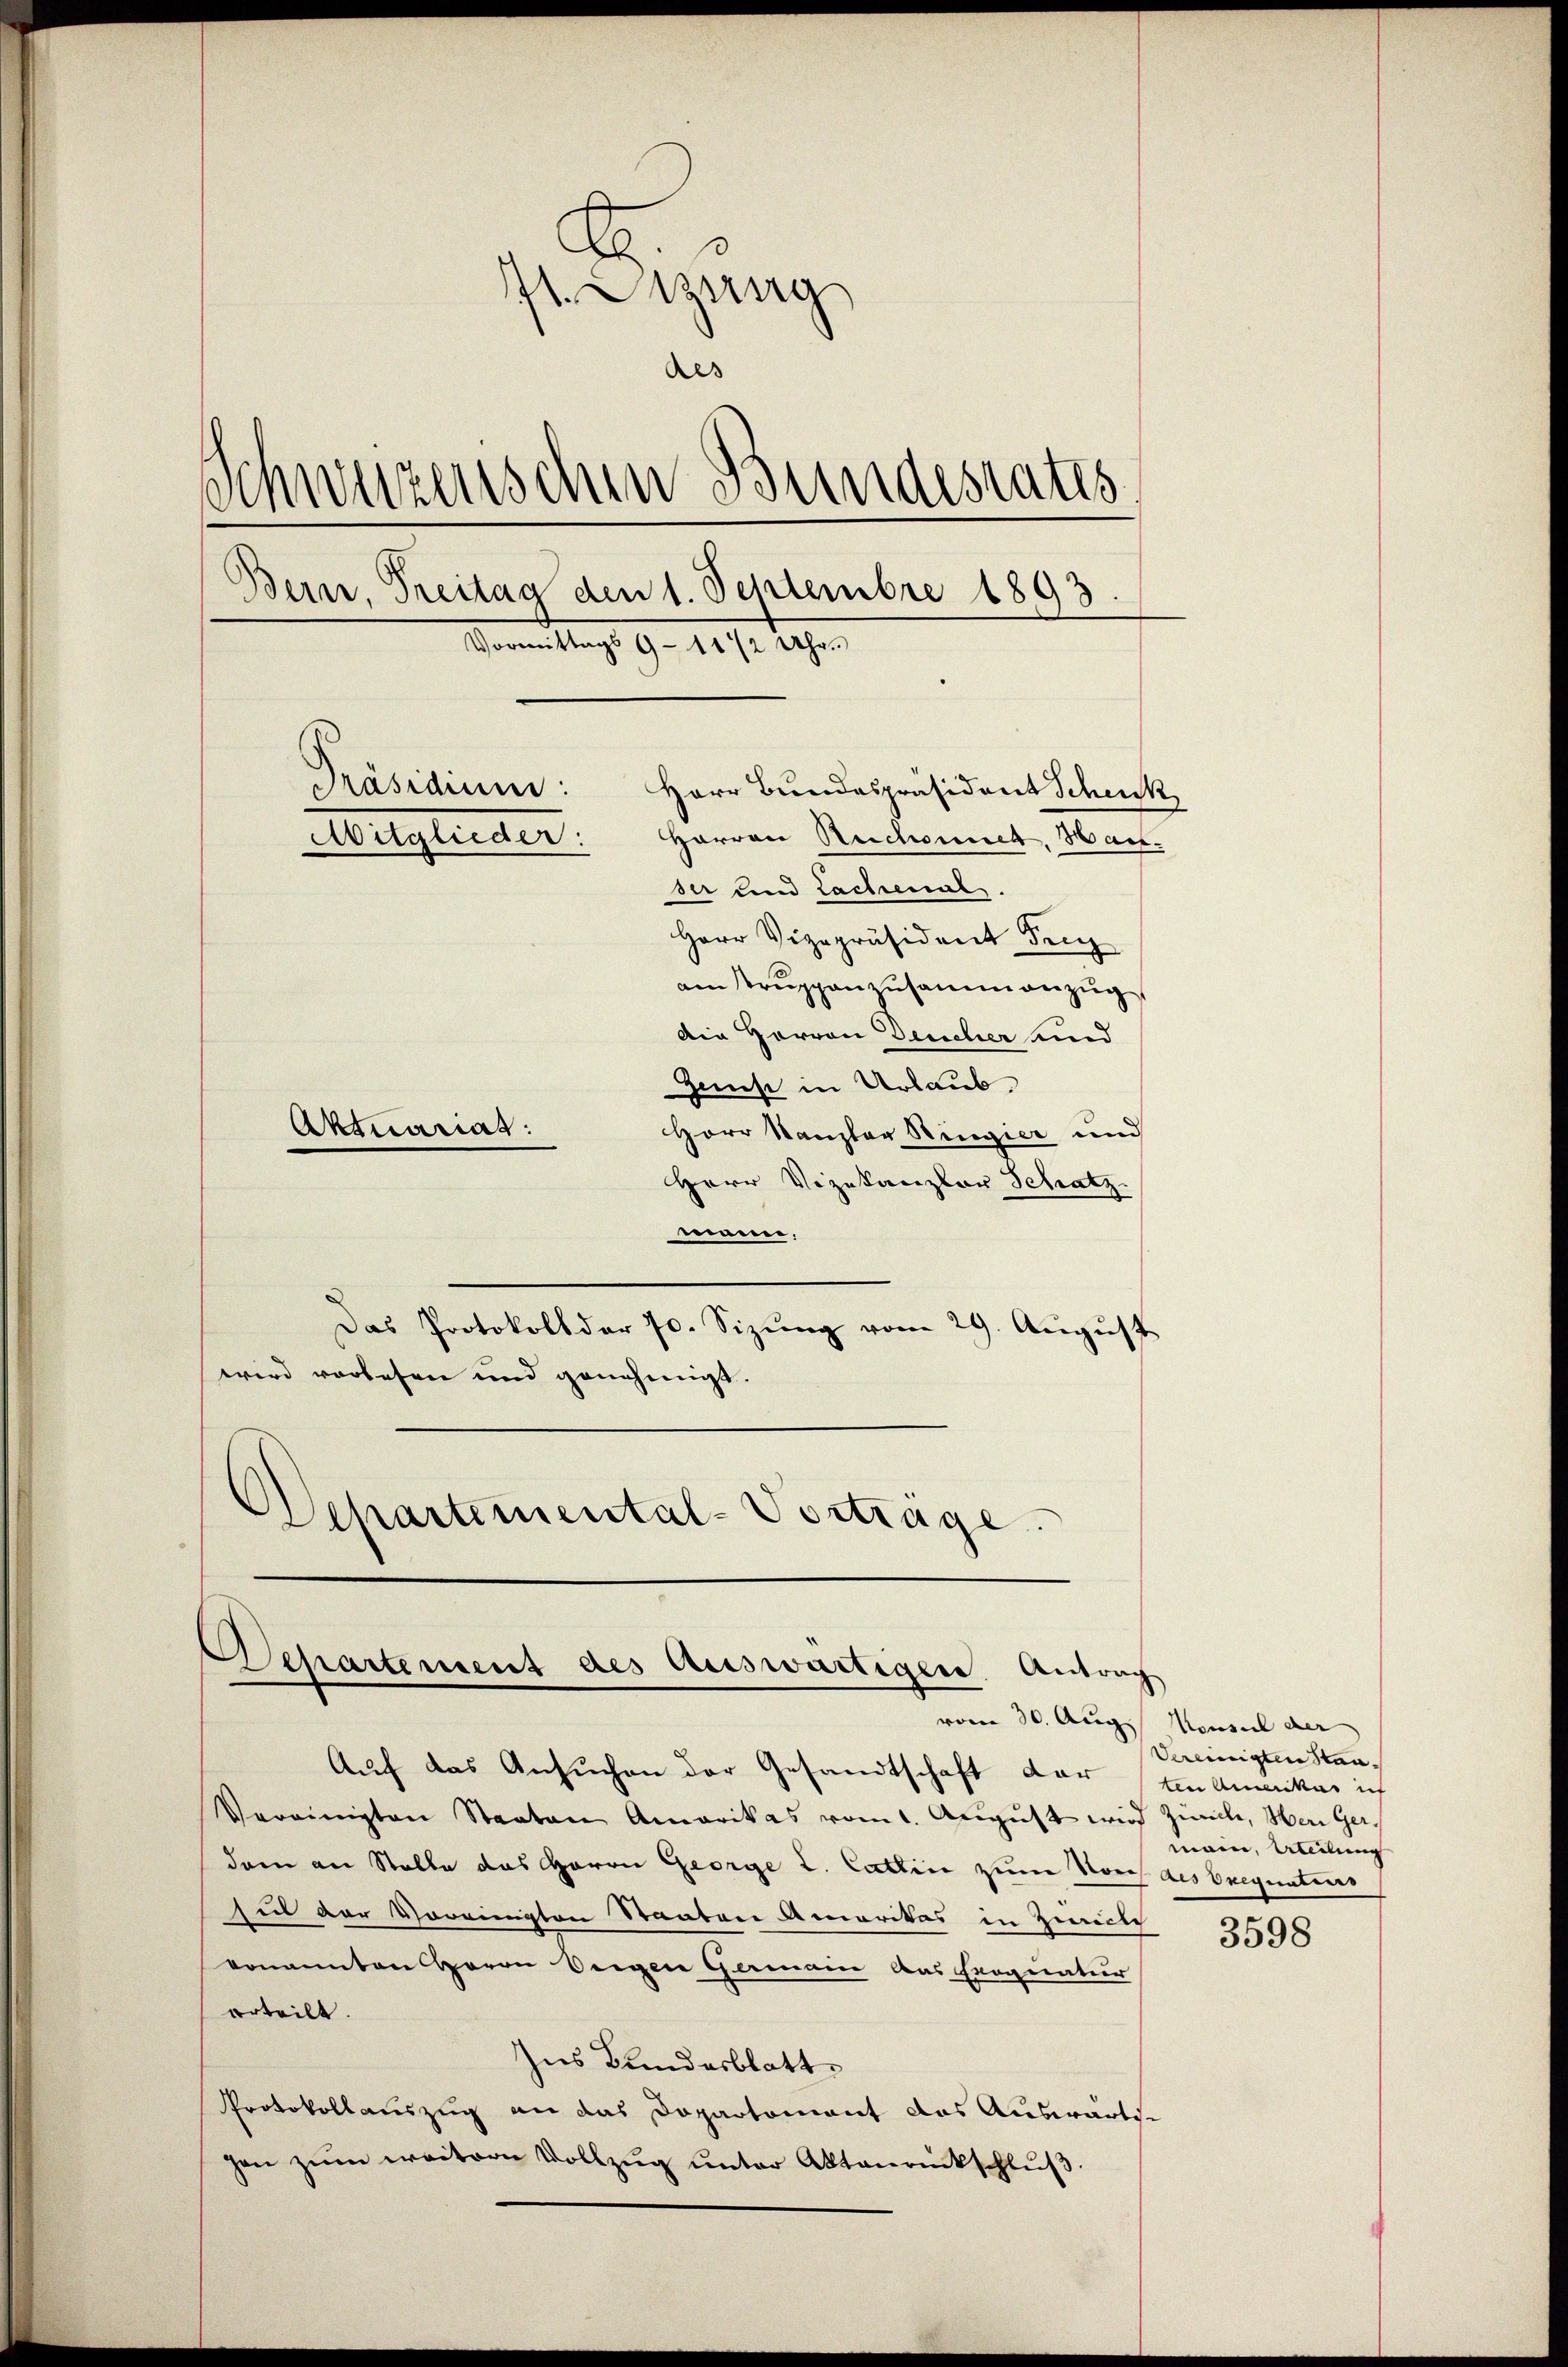
f
71. Dezung
Als
Schwarzenschen Bundesrates
Bern, Treitag den 1. Septembre 1893.
Vormittags 9 - 11/2 Uhre
Präsidium:
Herr Bundespräsident Schenk
Mitglieder:
Herren Rechannes. Hansir und Lachmals.
Herr Vizepräsident Frey
am Truppenzusammenzug
Die Herren Deucher und
Zinnst in Urlaub.
Aktuarias:
Horr Kanzler Ringier und

Herr Vizekanzler Schatz
mann,
Das Protokoll der 70. Sizŭng vom 29. Aŭgŭst
wird vorlesen und genehmigt.
Departemental-Vortrage.

Separtement des auswärtigen Antrag
vom 30. Aug. Konsul der

Auf das Ansuchen der Gesandtschaft der Ein Amerikar ich
Vereinigten Staaten Amerikas vom 1. Aŭgŭst wird Zürich, Wen Ger
dem an Stelle das Herrn George L. Cattin zum Vors des Exequatens
hut vor Voreinigten Staaten Amaritas in Züricli
venannten Herrn Seegen Germain das Prognatur
erteilt.
Ins Kundesblatt
Protokollauszug an das Dopartomant das Auswarts-
sen zŭm weitern Vollzŭg ŭnter Aktenrückschlŭβ

Vereinigten Staamann, Aleilung

3598